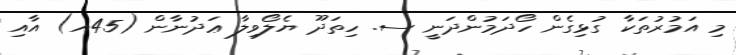
މި އަމުރުތަކާ ގުޅިގެން ހޯދަމުންދަނީ ސ. ހިތަދޫ ޔެލޯވިލާ ޢަދުނާން (45އ) އާއި